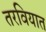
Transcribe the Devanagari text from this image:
तरवियात